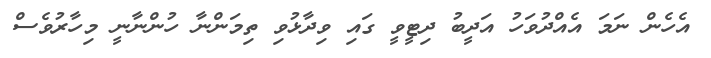
އެހެން ނަމަ އެއްދުވަހު އަދީބު ދިޓީވީ ގައި ވިދާޅުވި ތިމަންނާ ހުންނާނީ މިހާރުވެސް